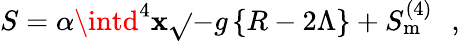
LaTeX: S=\alpha\intd^{4}\mathbf{x}\sqrt{}{{-g}}\left\{ R-2\Lambda\right\} +S_{\mathrm{{{m}}}}^{(4)}\, \, \, \, ,